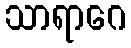
သာရာဂေ